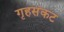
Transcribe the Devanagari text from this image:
गृहसंकट